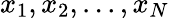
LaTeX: x_{1},x_{2},...,x_{N}